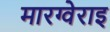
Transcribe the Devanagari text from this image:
मारग्वेराइ